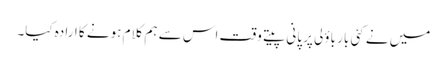
میں نے کئی بار باؤلی پر پانی پیتے وقت اس سے ہم کلام ہونے کا ارادہ کیا۔